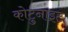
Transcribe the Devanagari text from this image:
कोटुनाइट